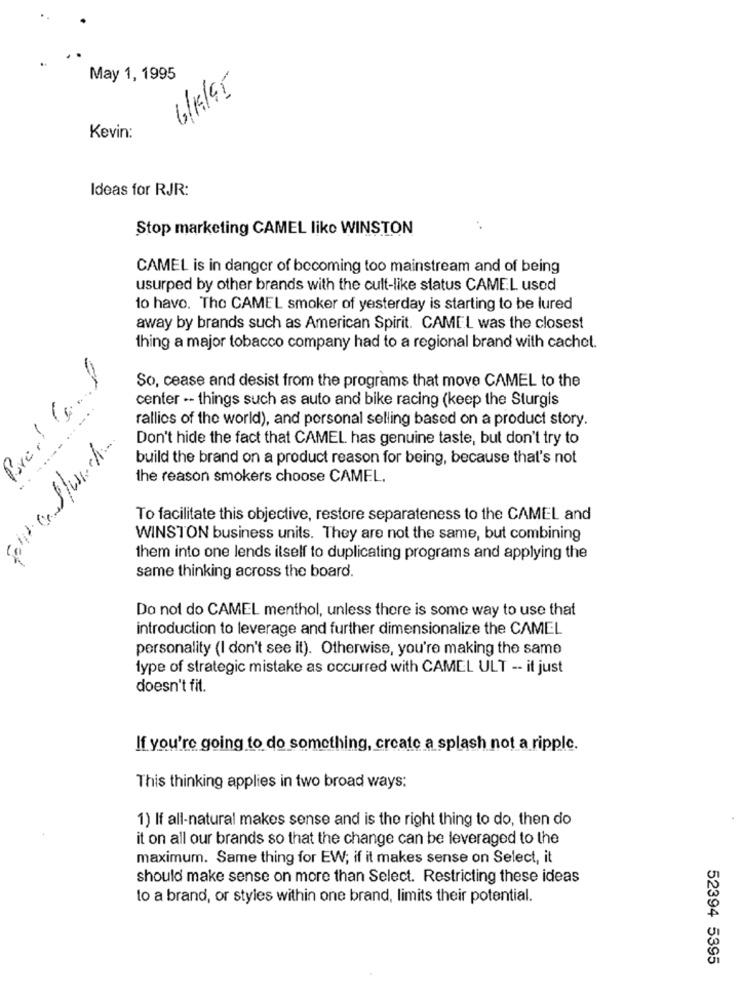
May 1, 1995
6/KG/95
Kevin:
Ideas for RJR:
Stop marketing CAMEL like WINSTON
CAMEL is in danger of becoming too mainstream and of being
usurped by other brands with the cult-like status CAMEL used
do have. The CAMEL smoker of yesterday is starting to be lured
away by brands such as American Spirit. CAMEL was the closest
thing a major tobacco company had to a regional brand with cachet.
Pre! C.f
So, cease and desist from the programs that move CAMEL to the
center -- things such as auto and bike racing (keep the Sturgis
rallies of the world), and personal selling based on a product story.
Don't hide the fact that CAMEL has genuine taste, but don't try to
build the brand on a product reason for being, because that's not
---- ----
the reason smokers choose CAMEL.
To facilitate this objective, restore separateness to the CAMEL and
WINSTON business units. They are not the same, but combining
them into one lends itself to duplicating programs and applying the
same thinking across the board.
Do not do CAMEL menthol, unless there is some way to use that
introduction to leverage and further dimensionalize the CAMEL
personality (I don't see it). Otherwise, you're making the same
type of strategic mistake as occurred with CAMEL ULT -- it just
doesn't fit.
If you're going to do something, create a splash not a ripple.
This thinking applies in two broad ways:
1) If all-natural makes sense and is the right thing to do, then do
it on all our brands so that the change can be leveraged to the
maximum. Same thing for EW; if it makes sense on Select, it
should make sense on more than Select. Restricting these ideas
to a brand, or styles within one brand, limits their potential.
52394 5395